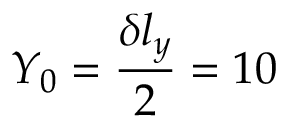
Y _ { 0 } = \frac { \delta l _ { y } } { 2 } = 1 0